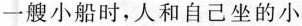
一艘小船时，人和自己坐的小